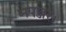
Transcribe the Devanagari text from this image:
भपञ्जरः